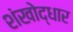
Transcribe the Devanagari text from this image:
शंखोद्धार